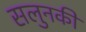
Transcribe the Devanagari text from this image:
सलुनकी